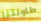
طاولتنا